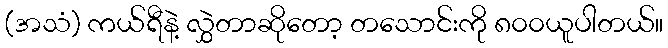
(အသံ) ကယ်ရီနဲ့ လွှဲတာဆိုတော့ တသောင်းကို ၈၀၀ယူပါတယ်။